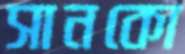
সানকো